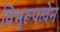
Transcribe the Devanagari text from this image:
विभुरूपत्वेन